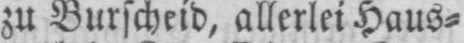
zu Burscheid, allerlei Haus⸗